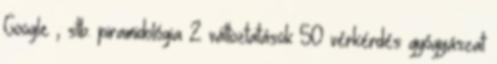
Google , stb. piramidológia 2 változtatások 50 vérkérdés gyógyászat